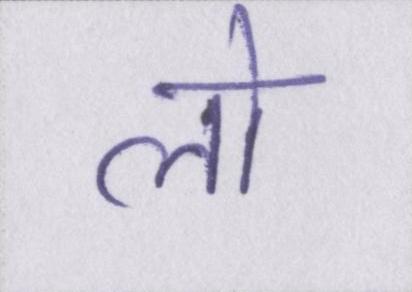
लो